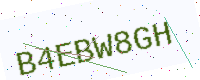
Text: B4EBW8GH